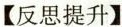
【反思提升】